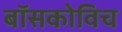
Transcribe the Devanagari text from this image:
बॉसकोविच